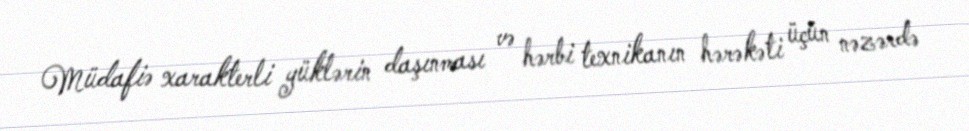
Müdafiə xarakterli yüklərin daşınması və hərbi texnikanın hərəkəti üçün nəzərdə